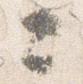
々